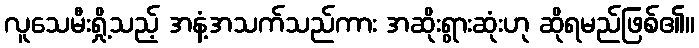
လူသေမီးရှို့သည့် အနံ့အသက်သည်ကား အဆိုးရွားဆုံးဟု ဆိုရမည်ဖြစ်၏။